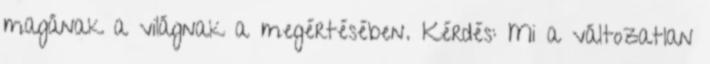
magának a világnak a megértésében. Kérdés: Mi a változatlan